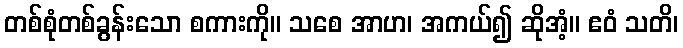
တစ်စုံတစ်ခွန်းသော စကားကို။ သစေ အာဟ၊ အကယ်၍ ဆိုအံ့။ ဧဝံ သတိ၊